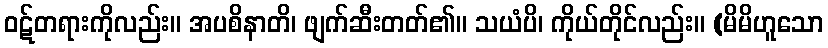
ဝဋ်တရားကိုလည်း။ အပစိနာတိ၊ ဖျက်ဆီးတတ်၏။ သယံပိ၊ ကိုယ်တိုင်လည်း။ (မိမိဟူသော